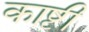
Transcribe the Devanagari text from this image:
काष्टी